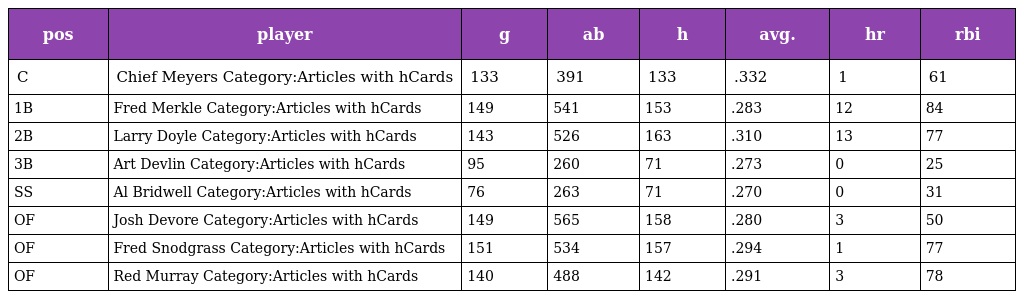
| pos | player | g | ab | h | avg. | hr | rbi |
 | --- | --- | --- | --- | --- | --- | --- | --- |
 | C | Chief Meyers Category:Articles with hCards | 133 | 391 | 133 | .332 | 1 | 61 |
 | 1B | Fred Merkle Category:Articles with hCards | 149 | 541 | 153 | .283 | 12 | 84 |
 | 2B | Larry Doyle Category:Articles with hCards | 143 | 526 | 163 | .310 | 13 | 77 |
 | 3B | Art Devlin Category:Articles with hCards | 95 | 260 | 71 | .273 | 0 | 25 |
 | SS | Al Bridwell Category:Articles with hCards | 76 | 263 | 71 | .270 | 0 | 31 |
 | OF | Josh Devore Category:Articles with hCards | 149 | 565 | 158 | .280 | 3 | 50 |
 | OF | Fred Snodgrass Category:Articles with hCards | 151 | 534 | 157 | .294 | 1 | 77 |
 | OF | Red Murray Category:Articles with hCards | 140 | 488 | 142 | .291 | 3 | 78 |